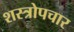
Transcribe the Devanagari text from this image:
शस्त्रोपचार